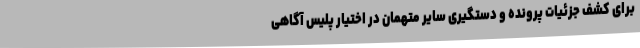
برای کشف جزئیات پرونده و دستگیری سایر متهمان در اختیار پلیس آگاهی